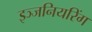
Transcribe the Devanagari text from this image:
इञ्जनियरिंग